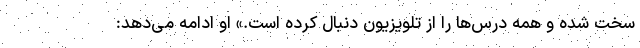
سخت شده و همه درس‌ها را از تلویزیون دنبال کرده است.» او ادامه می‌دهد: